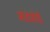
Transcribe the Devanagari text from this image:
मोटोजीपी